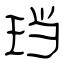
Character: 珰